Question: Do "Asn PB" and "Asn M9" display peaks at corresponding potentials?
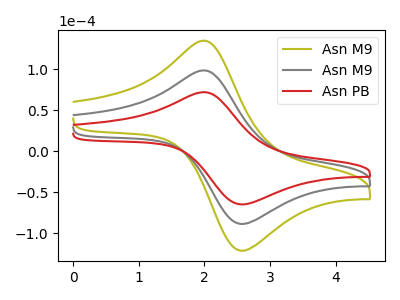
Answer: <think>The olive curve "Asn M9" has an anodic peak at (1.95V, 197.10uA) and a cathodic peak at (2.55V, -177.50uA). The gray curve "Asn M9" has an anodic peak at (1.95V, 98.55uA) and a cathodic peak at (2.55V, -88.75uA). The red curve "Asn PB" has an anodic peak at (1.95V, 72.05uA) and a cathodic peak at (2.55V, -64.90uA).</think>
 <answer>Yes, "Asn PB" have a peak in "Asn M9" at the same potential.</answer>
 <eval>match</eval>